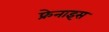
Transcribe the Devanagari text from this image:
फ्रेनाइस